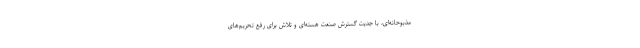
مذبوحانه‌ای، با جدیت گسترش صنعت هسته‌ای و تلاش برای رفع تحریم‌های